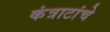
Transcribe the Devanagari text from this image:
कंत्राटांचे